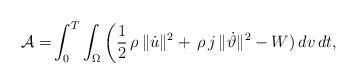
LaTeX: \begin{align*}\mathcal{A}=&\int_{0}^{T}\int_\Omega\bigg(\frac{1}{2}\,\rho\,\|\dot{u}\|^2+\,\rho\,j\,\|\dot{\vartheta}\|^2-W)\, dv\,dt,\end{align*}